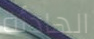
الهادئة